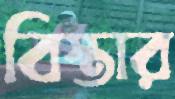
বিস্তার